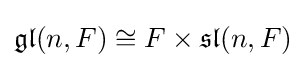
{\mathfrak {gl}}(n,F)\cong F\times {\mathfrak {sl}}(n,F)